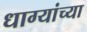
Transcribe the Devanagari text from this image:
धाग्यांच्या